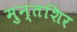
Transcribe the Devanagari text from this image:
मुन्तशिर